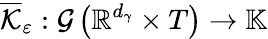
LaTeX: \overline{{\mathcal{K}}}_{\varepsilon}:\mathcal{G}\left(\mathbb{R}^{d_{\gamma}}\times T\right)\rightarrow\mathbb{K}